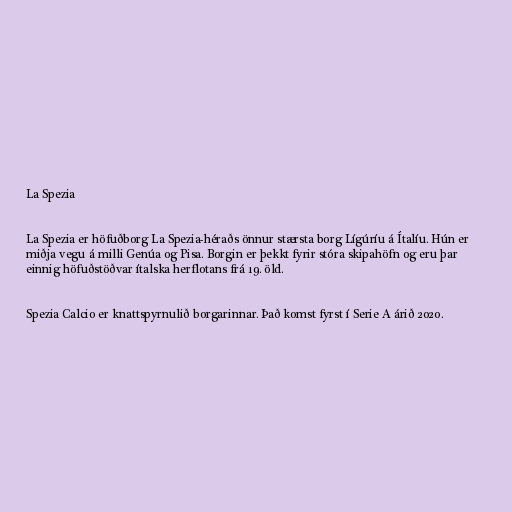
La Spezia

La Spezia er höfuðborg La Spezia-héraðs önnur stærsta borg Lígúríu á Ítalíu. Hún er
miðja vegu á milli Genúa og Pisa. Borgin er þekkt fyrir stóra skipahöfn og eru þar
einnig höfuðstöðvar ítalska herflotans frá 19. öld.

Spezia Calcio er knattspyrnulið borgarinnar. Það komst fyrst í Serie A árið 2020.